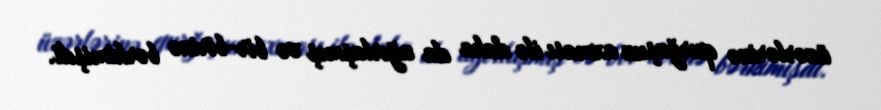
üzərlərinə qurğuşun axması ilə daha da ağırlaşmış və bir-birinə bərkimişdi.